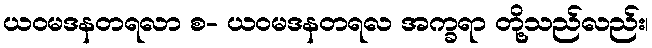
ယဝမဒနတရလာ စ- ယဝမဒနတရလ အက္ခရာ တို့သည်လည်း၊